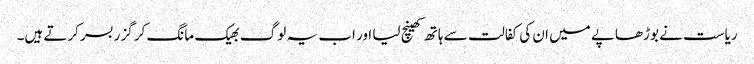
ریاست نے بوڑھاپے میں ان کی کفالت سے ہاتھ کھینچ لیا اور اب یہ لوگ بھیک مانگ کر گزر بسر کرتے ہیں۔